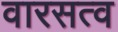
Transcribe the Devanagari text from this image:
वारसत्व